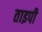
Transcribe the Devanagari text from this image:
ताइपी